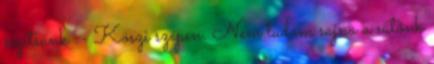
segítsünk :- Köszi szépen. Nem tudom sajna a sütőnk